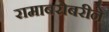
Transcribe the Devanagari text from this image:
रामाबरोबरीने